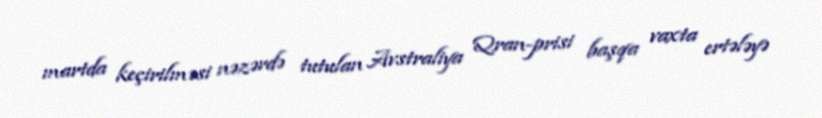
martda keçirilməsi nəzərdə tutulan Avstraliya Qran-prisi başqa vaxta ertələyə